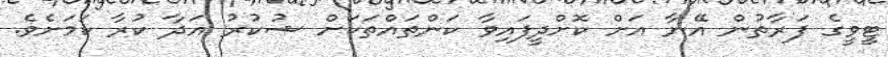
ޓީވީގެ ފަރާތުން އޭނާ އަށް ކޮށްދީފައިވާ ކަންތައްތަކަށް ޝުކުރު އަދާ ކުރާ ކަމަށެވެ.